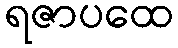
ရဇာပထေ